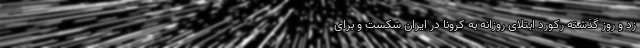
زد و روز گذشته رکورد ابتلای روزانه به کرونا در ایران شکست و برای